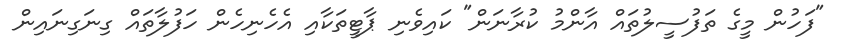
"ފަހުން މީގެ ތަފުސީލުތައް އާންމު ކުރާނަން" ކައިވެނި ޕާޓީތަކާއި އެހެނިހެން ހަފުލާތައް ގިނަގިނައިން